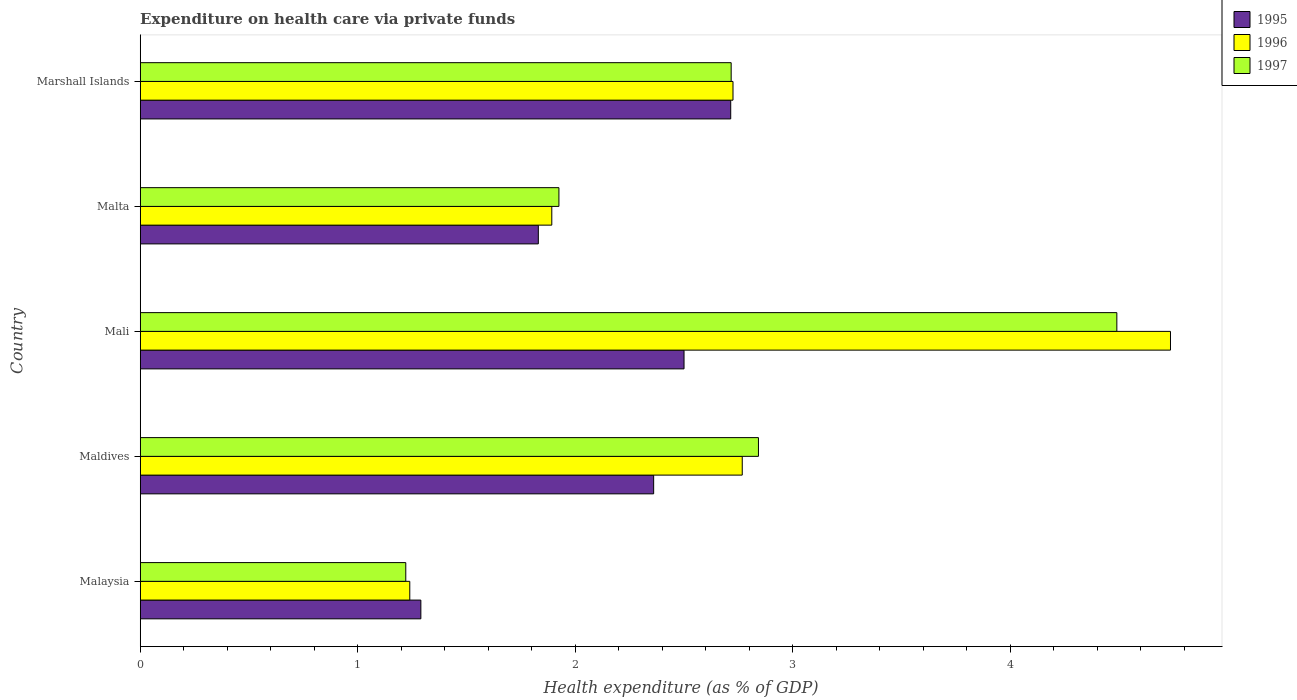
| Country | 1995 | 1996 | 1997 |
 | --- | --- | --- | --- |
 | Malaysia | 1.29 | 1.24 | 1.22 |
 | Maldives | 2.36 | 2.77 | 2.84 |
 | Mali | 2.5 | 4.74 | 4.49 |
 | Malta | 1.83 | 1.89 | 1.93 |
 | Marshall Islands | 2.72 | 2.73 | 2.72 |